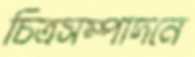
চিত্রসম্পাদনে